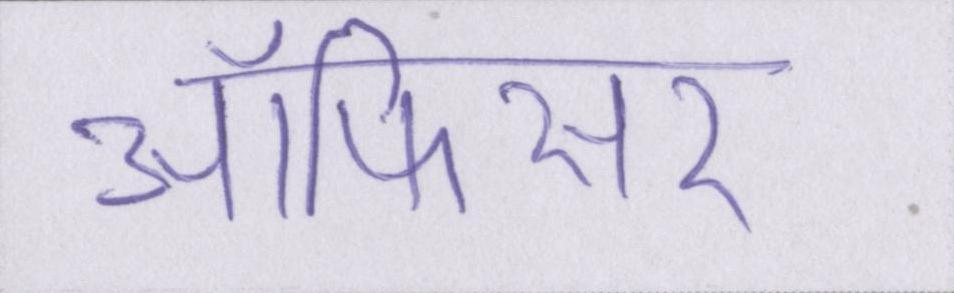
ऑफिसर